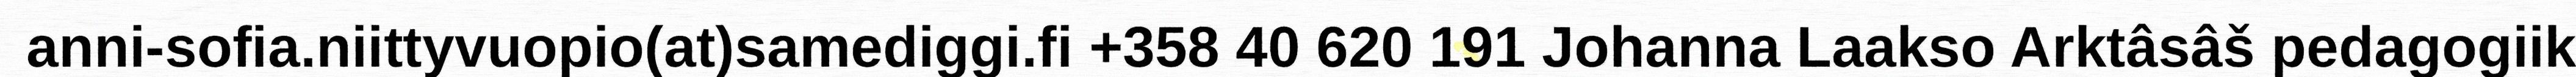
anni-sofia.niittyvuopio(at)samediggi.fi +358 40 620 191 Johanna Laakso Arktâsâš pedagogiik